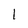
Character: 1